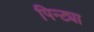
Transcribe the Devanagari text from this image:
पिन्ट्या